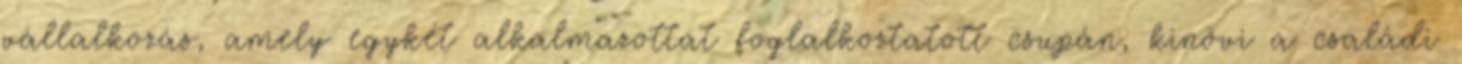
vállalkozás, amely egykét alkalmazottat foglalkoztatott csupán, kinövi a családi